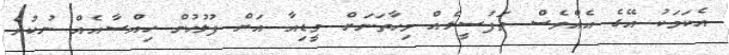
އެކަމަކު އޭގެ އެއްވެސް ތަފުސީލެއް މިހާތަނަށް މީޑިއާ އަށް ފުލުހުން ހިއްސާއެއް ނުކުރެ